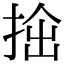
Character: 𢭧